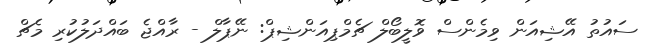
ސައުތު އޭޝިއަން ވިމެންސް ވޮލީބޯލް ޗެމްޕިއަންޝިޕް: ނޭޕާލް - ރާއްޖެ ބައްދަލުކުރި މެޗް